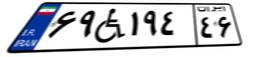
۳۷W۳۳۷۲۳